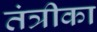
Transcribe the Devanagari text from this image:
तंत्रीका